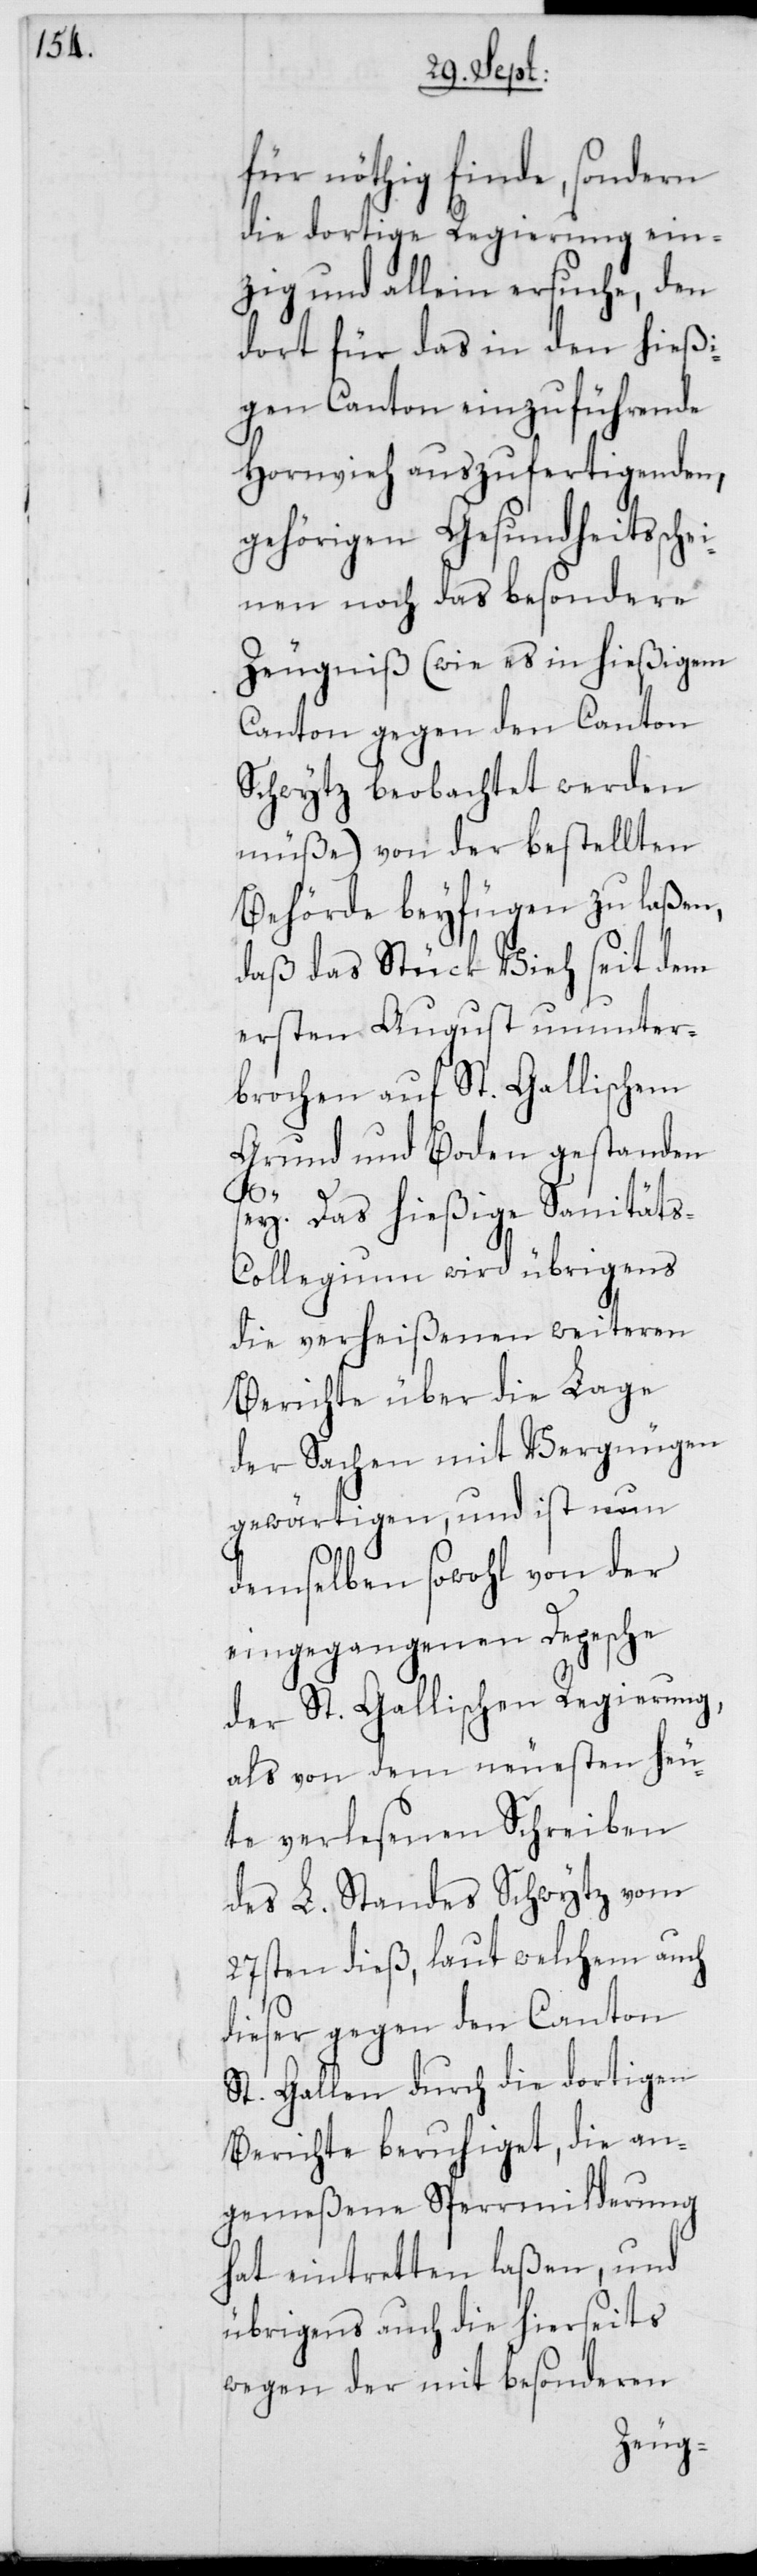
für nöthig finde, sondern
die dortige Regierung ein¬
zig und allein ersuche, den
dort für das in den hießi¬
gen Canton einzuführende
Hornvieh auszufertigenden,
gehörigen Gesundheitssche¬
inen noch das besondere
Zeugniß (wie es in hießigem
Canton gegen den Canton
Schwytz beobachtet werden
müße) von der bestellten
Behörde beyfügen zu laßen,
daß das Stück Vieh seit dem
ersten August ununter¬
brochen auf St. Gallischem
Grund und Boden gestanden
s¬
ey. Das hießige Sanität¬
s-Collegium wird übrigens
die verheißenen weiteren
Berichte über die Lage
der Sachen mit Vergnügen
gewärtigen, und ist nun
demselben sowohl von der
eingegangenen Depesche
der St. Gallischen Regierung,
als von dem neuesten heu¬
te verlesenen Schreiben
des L. Standes Schwytz vom
27sten dieß, laut welchem auch
dieser gegen den Canton
St. Gallen durch die dortigen
Berichte beruhiget, die an¬
gemeßene Sperrmilderung
hat eintretten laßen, und
übrigens auch die hierseits
wegen der mit besonderen